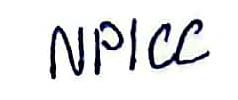
NPICC